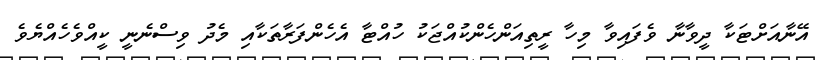
އޭނާއަށްޓަކާ ދީވާނާ ވެފައިވާ މިހާ ރީތިއަންހެންކުއްޖަކު ހުއްޓާ އެހެންފަރާތަކާއި މެދު ވިސްނެނީ ކީއްވެހެއްޔެވެ